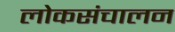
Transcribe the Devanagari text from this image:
लोकसंचालन